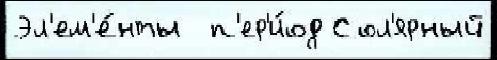
Эл'ем'е́нты  п'ер'и́од Сол'ярный